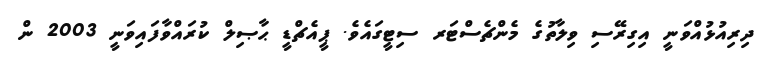
ދިރިއުޅުއްވަނީ އިގިރޭސި ވިލާތުގެ މެންޗެސްޓަރ ސިޓީގައެވެ. ޕީއެޗްޑީ ޙާޞިލް ކުރައްވާފައިވަނީ 2003 ން